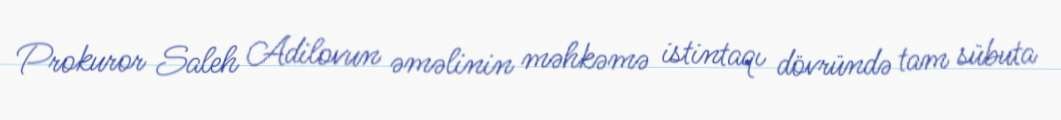
Prokuror Saleh Adilovun əməlinin məhkəmə istintaqı dövründə tam sübuta